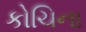
કોચિના